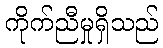
ကိုက်ညီမှုရှိသည်